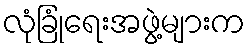
လုံခြုံရေးအဖွဲ့များက